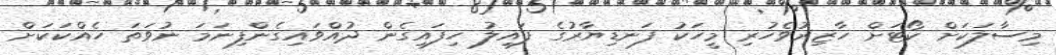
މިސާލަކަށް ކޯޓަށް ހާޒިރުވެހުރި މީހަކު ފަނޑިޔާރުގެ ފައިލު ހިފައިގެން ދުއްވައިގެންފިނަމަ ނުވަތަ ހެއްކަކަށް